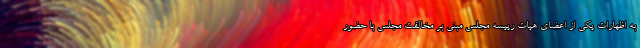
به اظهارات یکی از اعضای هیات رییسه مجلس مبنی بر مخالفت مجلس با حضور